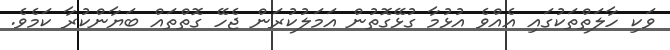
ވަކި ހާލަތްތަކުގައި އެއްވެ އުޅުމާ ގުޅޭގޮތުން އަމަލުކުރަން ޖެހޭ ގޮތްތައް ބަޔާންކުރާ ކަމެވެ.